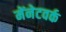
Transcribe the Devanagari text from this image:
मेंनेटवर्क